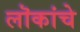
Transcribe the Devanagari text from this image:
लॊकांचे